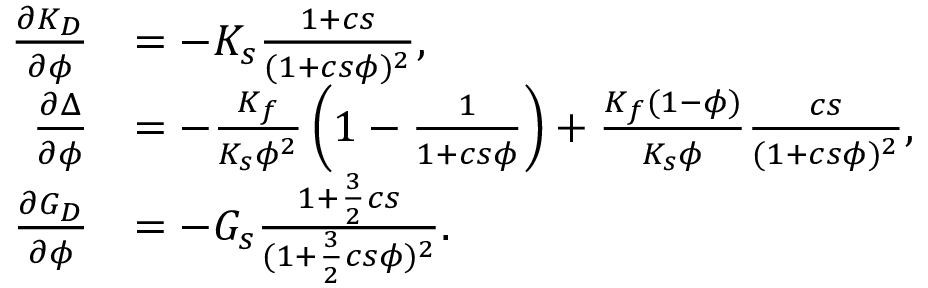
\begin{array} { r } { \begin{array} { r l } { \frac { \partial K _ { D } } { \partial \phi } } & { = - K _ { s } \frac { 1 + c s } { ( 1 + c s \phi ) ^ { 2 } } , } \\ { \frac { \partial \Delta } { \partial \phi } } & { = - \frac { K _ { f } } { K _ { s } \phi ^ { 2 } } \left( 1 - \frac { 1 } { 1 + c s \phi } \right) + \frac { K _ { f } ( 1 - \phi ) } { K _ { s } \phi } \frac { c s } { ( 1 + c s \phi ) ^ { 2 } } , } \\ { \frac { \partial G _ { D } } { \partial \phi } } & { = - G _ { s } \frac { 1 + \frac { 3 } { 2 } c s } { ( 1 + \frac { 3 } { 2 } c s \phi ) ^ { 2 } } . } \end{array} } \end{array}